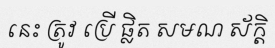
នេះ ត្រូវ ប្រើ ផ្លិត សមណ ស័ក្តិ